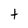
Character: t